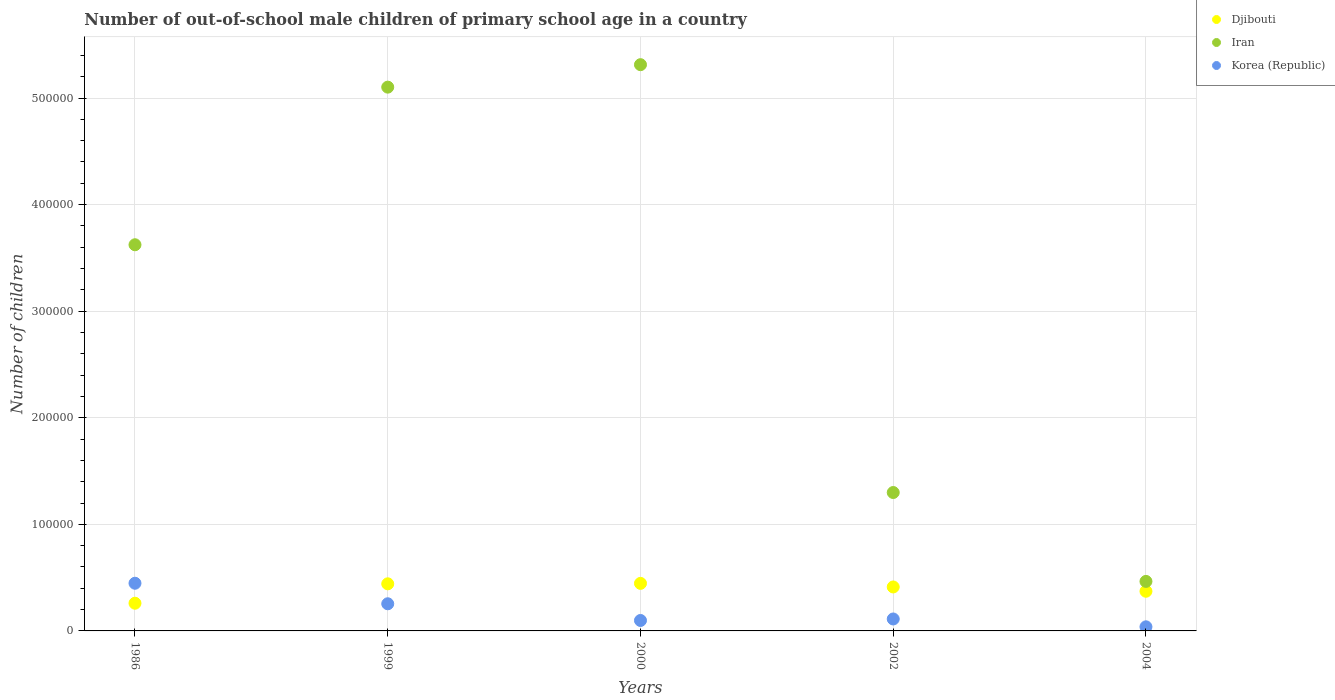
| Years | Djibouti | Iran | Korea (Republic) |
 | --- | --- | --- | --- |
 | 1986 | 2.6e+04 | 3.62e+05 | 4.47e+04 |
 | 1999 | 4.42e+04 | 5.1e+05 | 2.55e+04 |
 | 2000 | 4.46e+04 | 5.31e+05 | 9.8e+03 |
 | 2002 | 4.12e+04 | 1.3e+05 | 1.12e+04 |
 | 2004 | 3.72e+04 | 4.65e+04 | 3.85e+03 |